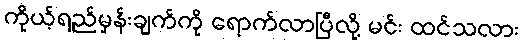
ကိုယ့်ရည်မှန်းချက်ကို ရောက်လာပြီလို့ မင်း ထင်သလား